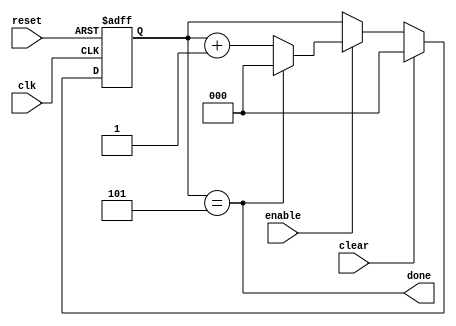
module timer
#(parameter final_value = 5)(
input clk,
input reset,
input enable,
input clear,
output done
);

localparam bit =  $clog2(final_value + 1) ;
reg [bit - 1 : 0]Q_reg, Q_next ;

always @(posedge clk , negedge reset)
  begin
    if(!reset)
      Q_reg = 'b0 ;
    else if(clear)
      Q_reg = 'b0 ;
    else if (~enable)
      Q_reg = Q_reg ;
    else
      Q_reg = Q_next ;
  end

assign done = (Q_reg == final_value) ;

always @(*)
  begin
    Q_next = done ? 'b0 : Q_reg +1 ;
  end

endmodule